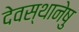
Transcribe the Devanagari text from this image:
देवस्थानेषु